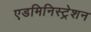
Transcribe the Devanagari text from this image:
एडमिनिस्ट्रेशन